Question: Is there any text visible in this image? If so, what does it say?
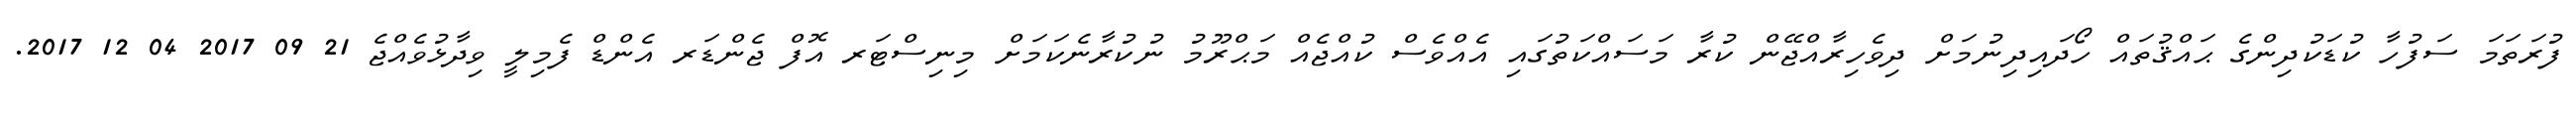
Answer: ފުރަތަމަ ސަފުހާ ކުޑަކުދިންގެ ޙައްޤުތައް ހޯދައިދިނުމަށް ދިވެހިރާއްޖޭން ކުރާ މަސައްކަތުގައި އެއްވެސް ކުއްޖެއް މަޙްރޫމު ނުކުރާނެކަމަށް މިނިސްޓަރ އޮފް ޖެންޑަރ އެންޑް ފެމިލީ ވިދާޅުވެއްޖެ 21 09 2017 04 12 2017.